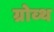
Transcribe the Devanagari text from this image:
ग्रोव्थ